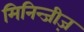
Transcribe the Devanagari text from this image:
मिनिन्जीज़